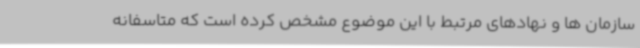
سازمان ها و نهادهای مرتبط با این موضوع مشخص کرده است که متاسفانه